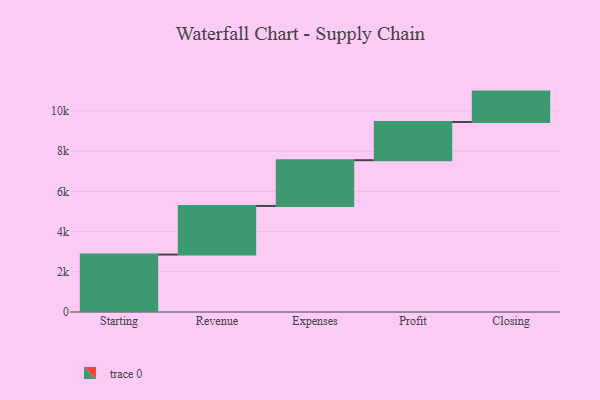
{"axis": {"x": "Step", "y": "Value"}, "legend": [""], "data": [{"x": "Starting", "y": 2858.0, "type": ""}, {"x": "Revenue", "y": 2419.0, "type": ""}, {"x": "Expenses", "y": 2277.0, "type": ""}, {"x": "Profit", "y": 1902.0, "type": ""}, {"x": "Closing", "y": 1511.0, "type": ""}]}